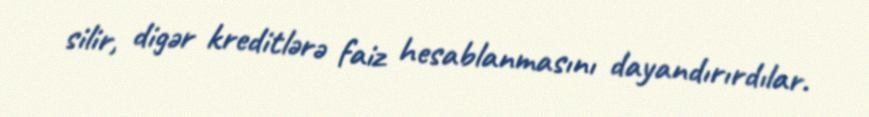
silir, digər kreditlərə faiz hesablanmasını dayandırırdılar.